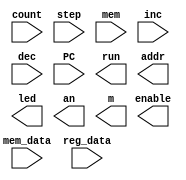
`timescale 1ns / 1ps
//////////////////////////////////////////////////////////////////////////////////
// Company: 
// Engineer: 
// 
// Design Name: 
// Module Name: main
// Project Name: 
// Target Devices: 
// Tool Versions: 
// Description: 
// 
// Dependencies: 
// 
// Revision:
// Revision 0.01 - File Created
// Additional Comments:
// 
//////////////////////////////////////////////////////////////////////////////////


module main(
    input count,step,mem,inc,dec,
    input [31:0]PC,mem_data,reg_data,
    output run,enable,
    output [31:0]addr,
    output [15:0]led,
    output [7:0]an,
    output [6:0]m
    );
endmodule